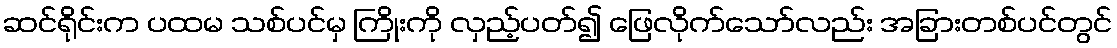
ဆင်ရိုင်းက ပထမ သစ်ပင်မှ ကြိုးကို လှည့်ပတ်၍ ဖြေလိုက်သော်လည်း အခြားတစ်ပင်တွင်